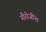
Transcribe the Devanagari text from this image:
नौरोजींना